Report on horse surra - Volume II, Part II
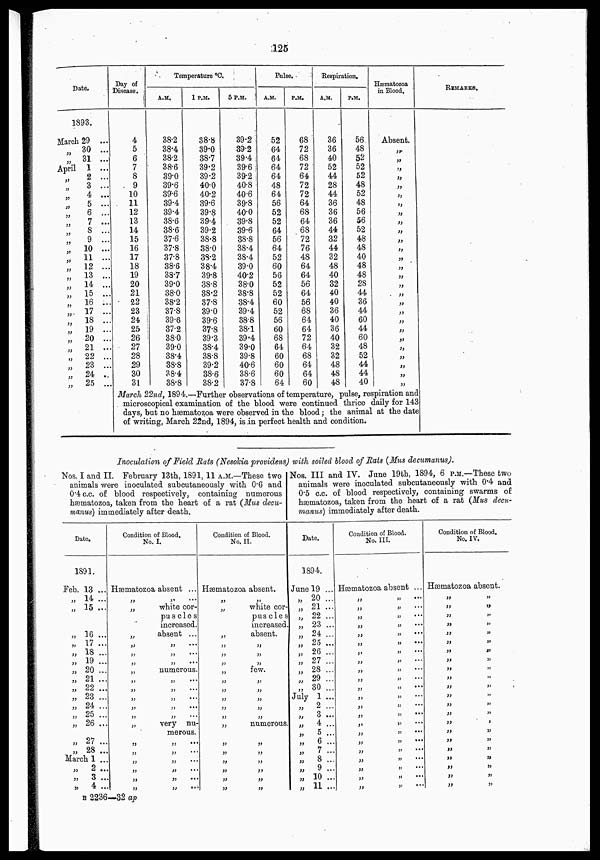
125
Date.
1893.
March 29 ...
„
30 ...
„
31 ...
April 1 ...
„
2 ...
„
3 ...
„
4 ...
„
5 ...
„ 6 ...
„ 7 ...
„ 8 ...
„ 9 ...
„
10 ...
„
11 ...
„
12 ...
„
13 ...
„
14 ...
„
15 ...
„
16 ...
„ 17 ...
„
18 ...
„
19 ...
„
20 ...
„ 21 ...
„
22 ...
„ 23 ...
„ 24 ..
„
25 ...
Day of
Disease.
4
5
6
7
8
9
10
11
12
13
14
15
16
17
18
19
20
21
22
23
24
25
26
27
28
29
30
31
Temperature °C.
A.M.
38.2
38.4
38.2
38.6
39.0
39.6
39.6
39.4
39.4
38.6
38.6
37.6
37.8
37.8
38.6
38.7
39.0
38.0
38.2
37.8
39.6
37.2
38.0
39.0
38.4
38.8
38.4
38.8
1 P.M.
38.8
39.0
38.7
39.2
39.2
40.0
40.2
39.6
39.8
39.4
39.2
38.8
38.0
38.2
38.4
39.8
38.8
38.2
37.8
39.0
39.6
37.8
39.3
38.4
38.8
39.2
38.6
38.2
5 P.M.
39.2
39.2
39.4
39.6
39.2
40.8
40.6
39.8
40.0
39.8
39.6
38.8
38.4
38.4
39.0
40.2
38.0
38.8
38.4
39.4
38.8
38.1
39.4
39.0
39.8
40.6
38.6
37.8
Pulse.
A.M.
52
64
64
64
64
48
64
56
52
52
64
56
64
52
60
56
52
52
60
52
56
60
68
64
60
60
60
64
P.M.
68
72
68
72
64
72
72
64
68
64
68
72
76
48
64
64
56
64
56
68
64
64
72
64
68
64
64
60
Respiration.
A.M.
36
36
40
52
44
28
44
36
36
36
44
32
44
32
48
40
32
40
40
36
40
36
40
32
32
48
48
48
P.M.
56
48
52
52
52
48
52
48
56
56
52
48
48
40
48
48
28
44
36
44
60
44
60
48
52
44
44
40
Hæmatozoa
in Blood,
Absent.
„
„
„
„
„
„
„
„
„
„
„
„
„
„
„
„
„
„
„
„
„
„
„
„
„
„
„
March 22nd, 1894.—Further observations of temperature, pulse, respiration and
microscopical examination of the blood were continued thrice daily for 143
days, but no hæmatozoa were observed in the blood ; the animal at the date
of writing, March 22nd, 1894, is in perfect health and condition.
REMARKS.
Inoculation of Field Rats (Nesokia providens) with soiled blood of Rats (Mus decumanus).
Nos. I and II. February 13th, 1891, 11 A.M.—These two
animals were inoculated subcutaneously with 0.6 and
0.4 c.c. of blood respectively, containing numerous
hæmatozoa, taken from the heart of a rat (Mus decu¬
manus) immediately after death.
Date.
1891.
Feb. 13 ...
„ 14 ...
„ 15 ...
„ 16 ...
„ 17 ...
„ 18 ...
„ 19 ...
„ 20 ...
„ 21 ...
„ 22 ...
„ 23 ...
„ 24 ...
„ 25 ...
„ 26 ...
„ 27 ...
„ 28 ...
March 1 ...
„
2 ...
„
3 ..
„
4 ..
Condition of Blood.
No. I.
Hæmatozoa absent ...
„ „ ...
„
white cor¬
puscles
increased.
„
absent ...
„ „ ...
„ „ ...
„ „ ...
„
numerous.
„ „ ...
„ „ ...
„ „ ...
„ „ ...
„ „ ...
„
very nu-
merous.
„ „ ...
„ „ ...
„ „ ...
„ „ ...
„ „ ...
„ „ ...
Condition of Blood.
No. II.
Hæmatozoa absent.
„ „
„
white cor-
puscles
„ increased
„
absent.
„ „
„ „
„ „
„
few.
„ „
„ „
„ „
„ „
„ „
„
numerous.
„ „
„ „
„ „
„ „
„ „
„ „
Nos. III and IV. June 19th, 1894, 6 P.M.—These two
animals were inoculated subcutaneously with 0.4 and
0.5 c.c. of blood respectively, containing swarms of
hæmatozoa, taken from the heart of a rat (Mus decu¬
manus) immediately after death.
Date.
1894.
June 19 ...
„ 20 ...
„ 21 ...
„ 22 ...
„ 23 ...
„
24 ...
„ 25 ...
„ 26 ...
„ 27 ...
„ 28 ...
„ 29 ...
„ 30 ...
July 1 ...
„
2 ...
„
3 ...
„
4 ...
„
5 ...
„
6 ...
„ 7 ...
„
8 ...
„
9 ...
„ 10 ...
„
11 ...
Condition of Blood.
No. III.
Hæmatozoa absent ...
„ „ ...
„ „ ...
„ „ ...
„ „ ...
„ „ ...
„ „ ...
„ „ ...
„ „ ...
„ „ ...
„ „ ...
„ „ ...
„ „ ...
„ „ ...
„ „ ...
„ „ ...
„ „ ...
„ „ ...
„ „ ...
„ „ ...
„ „ ...
„ „ ...
„ „ ...
Condition of Blood.
No. IV.
Hæmatozoa absent.
„ „
„ „
„ „
„ „
„ „
„ „
„ „
„ „
„ „
„ „
„ „
„ „
„ „
„ „
„ „
„ „
„ „
„ „
„ „
„ „
„ „
„ „
B 2236—32 ap